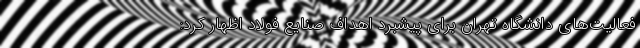
فعالیت‌های دانشگاه تهران برای پیشبرد اهداف صنایع فولاد اظهار کرد: